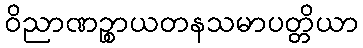
ဝိညာဏဉ္စာယတနသမာပတ္တိယာ